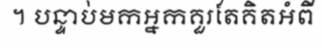
។ បន្ទាប់មកអ្នកគួរតែគិតអំពី